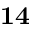
\mathbf { 1 4 }